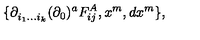
\{ \partial _ { i _ { 1 } \ldots i _ { k } } ^ { } ( \partial _ { 0 } ) ^ { a } F _ { i j } ^ { A } , x ^ { m } , d x ^ { m } \} ,